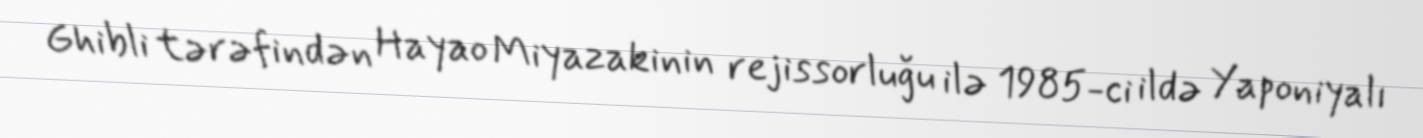
Ghibli tərəfindən Hayao Miyazakinin rejissorluğu ilə 1985-ci ildə Yaponiyalı